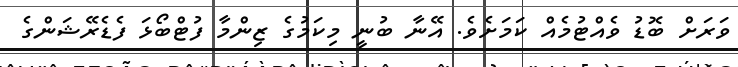
ވަރަށް ބޮޑު ވެއްޓުމެއް ކަމަށެވެ. އޭނާ ބުނީ މިކަމުގެ ޒިންމާ ފުޓްބޯޅަ ފެޑެރޭޝަންގެ